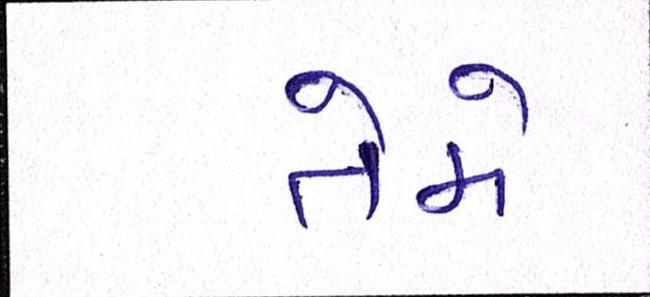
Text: તેમે